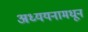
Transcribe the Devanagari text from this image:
अध्ययनामधून